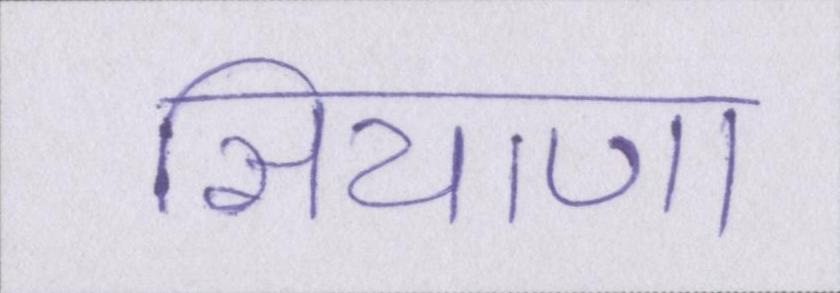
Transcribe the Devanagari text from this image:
सियाणा